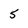
Character: 5